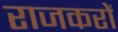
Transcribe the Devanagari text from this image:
राजकरों